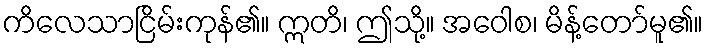
ကိလေသာငြိမ်းကုန်၏။ ဣတိ၊ ဤသို့။ အဝေါစ၊ မိန့်တော်မူ၏။